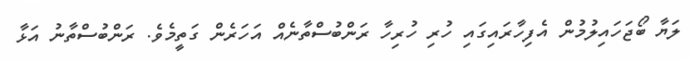
ލަޔާ ބޯޖަހައިލުމުން އެފިހާރައިގައި ހުރި ހުރިހާ ރަންބުސްތާނެއް އަހަރެން ގަތީމެވެ. ރަންބުސްތާނު އަޅާ